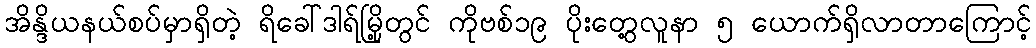
အိန္ဒိယနယ်စပ်မှာရှိတဲ့ ရိခေါ်ဒါရ်မြို့တွင် ကိုဗစ်၁၉ ပိုးတွေ့လူနာ ၅ ယောက်ရှိလာတာကြောင့်